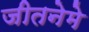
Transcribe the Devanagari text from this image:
जीतनेमे